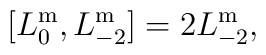
[L_0^{\mathrm{m}},L_{-2}^{\mathrm{m}}]=2L_{-2}^{\mathrm{m}},